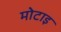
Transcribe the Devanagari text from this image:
मोटाइ